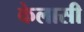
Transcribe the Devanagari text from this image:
केलासी